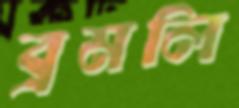
ব্রমলি